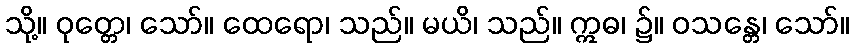
သို့။ ဝုတ္တေ၊ သော်။ ထေရော၊ သည်။ မယိ၊ သည်။ ဣဓ၊ ၌။ ဝသန္တေ၊ သော်။